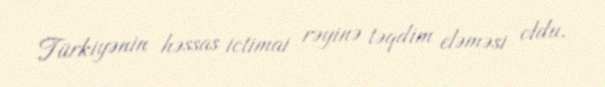
Türkiyənin həssas ictimai rəyinə təqdim eləməsi oldu.